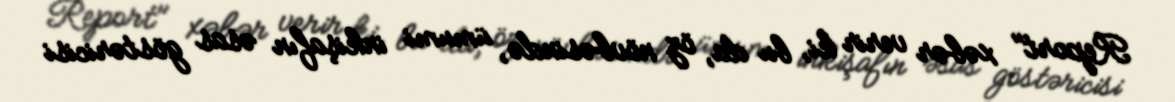
Report" xəbər verir ki, bu da, öz növbəsində, ümumi inkişafın əsas göstəricisi